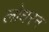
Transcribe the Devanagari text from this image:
लोधरन